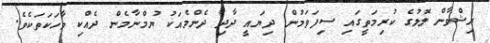
ރިޝްވާން ލޮލުގެ ކުރިމަތީގައި ސިފަވަމުން ދިޔައީ ދާދި ދެންމެއަކު ޔުމްނާމެން ދެއްކި ވާހަކަތަކެވެ.